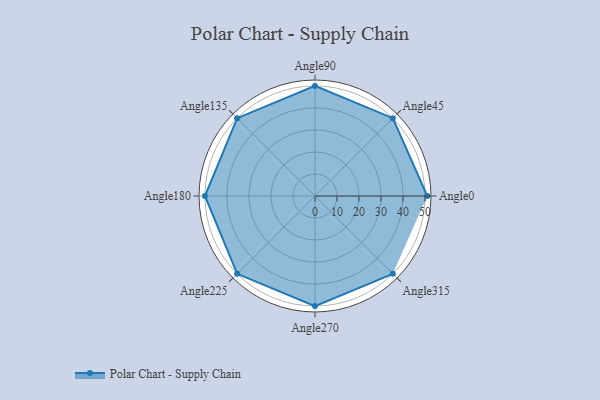
{"axis": {"x": "Angle", "y": "Radius"}, "legend": [""], "data": [{"x": "Angle0", "y": 51.0, "type": ""}, {"x": "Angle45", "y": 50, "type": ""}, {"x": "Angle90", "y": 50, "type": ""}, {"x": "Angle135", "y": 50, "type": ""}, {"x": "Angle180", "y": 50, "type": ""}, {"x": "Angle225", "y": 50, "type": ""}, {"x": "Angle270", "y": 50, "type": ""}, {"x": "Angle315", "y": 50, "type": ""}]}